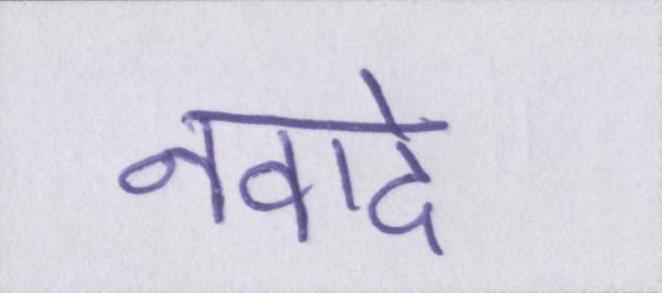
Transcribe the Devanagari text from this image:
नवादे